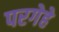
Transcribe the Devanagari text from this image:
परगेहे